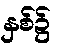
နှစ်၌